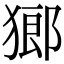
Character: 𤠸